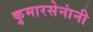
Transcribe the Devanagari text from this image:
कुमारसेनांनी